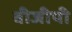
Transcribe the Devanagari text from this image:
वीजीपी